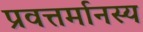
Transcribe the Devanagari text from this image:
प्रवत्तर्मानस्य